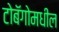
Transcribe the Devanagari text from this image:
टोबॅगोमधील